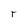
Character: r